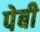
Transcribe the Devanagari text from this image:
पेबी